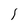
Character: l